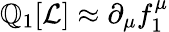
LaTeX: \mathbb{Q}_{1}[{\mathcal{{L}}}]\approx\partial_{\mu}f_{1}^{\mu}